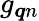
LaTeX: g_{\boldsymbol{q}n}